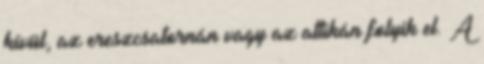
kívül, az ereszcsatornán vagy az attikán folyik el. A